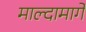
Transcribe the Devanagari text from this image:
माल्दामार्गे